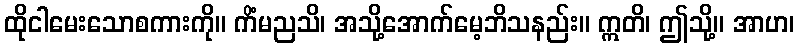
ထိုငါမေးသောစကားကို။ ကိံမညသိ၊ အသို့အောက်မေ့ဘိသနည်း။ ဣတိ၊ ဤသို့။ အာဟ၊